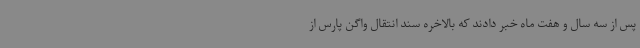
پس از سه سال و هفت ماه خبر دادند که بالاخره سند انتقال واگن پارس از